Civil Veterinary Dept. North-West Frontier Province 1901-22 - 1901-1922
Year: 1901
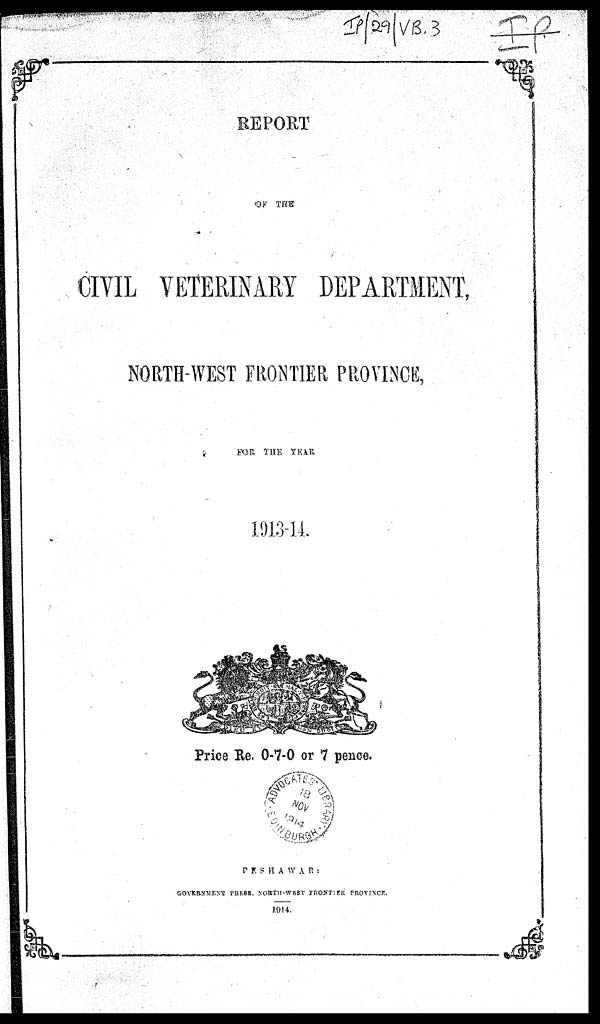
REPORT
OF THE
CIVIL VETERINARY DEPARTMENT,
NORTH-WEST FRONTIER PROVINCE,
FOR
THE
YEAR
1913-14.
Price Re, 0-7-0 or 7 pence.
PESHAWAR:
GOVERNMENT PRESS, NORTH-WEST FRONTIER PROVINCE.
1914.